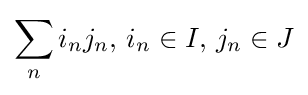
\sum _{n}i_{n}j_{n},\,i_{n}\in I,\,j_{n}\in J